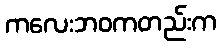
ကလေးဘဝကတည်းက